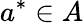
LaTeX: a^{*}\in A